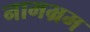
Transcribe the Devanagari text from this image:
नामभ्रम